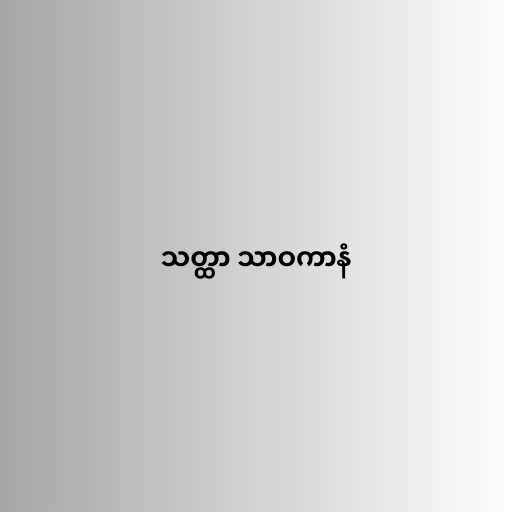
သတ္ထာ သာဝကာနံ